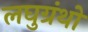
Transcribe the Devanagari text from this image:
लघुग्रंथों